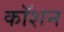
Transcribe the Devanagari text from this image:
कॉशन